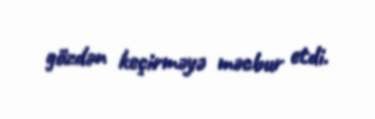
gözdən keçirməyə məcbur etdi.